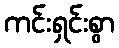
ကင်းရှင်းစွာ